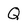
Character: Q